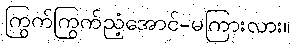
ကြွက်ကြွက်ညံ့အောင်-မကြားလား။